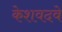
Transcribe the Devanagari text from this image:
केशवदवे